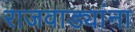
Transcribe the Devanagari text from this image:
राजवाड्यांना